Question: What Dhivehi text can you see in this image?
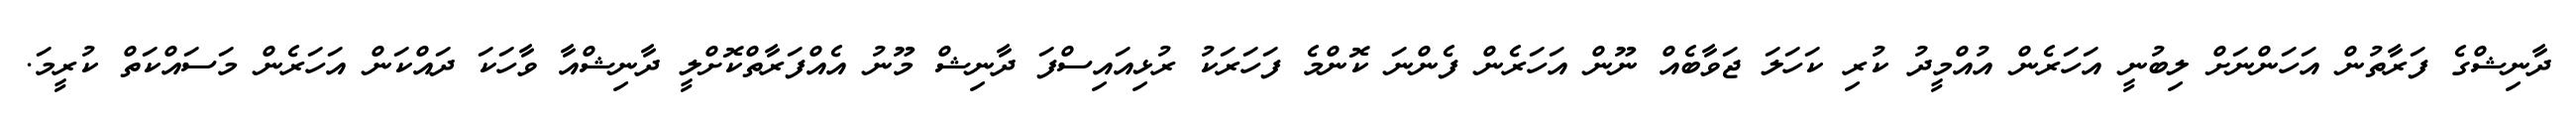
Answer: ދާނިޝްގެ ފަރާތުން އަހަންނަށް ލިބުނީ އަހަރެން އުއްމީދު ކުރި ކަހަލަ ޖަވާބެއް ނޫން އަހަރެން ފެންނަ ކޮންމެ ފަހަރަކު ރުޅިއައިސްފަ ދާނިޝް މޫނު އެއްފަރާތްކޮށްލީ ދާނިޝްއާ ވާހަކަ ދައްކަން އަހަރެން މަސައްކަތް ކުރީމަ.